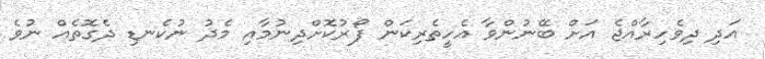
އަދި ދިވެހިރާއްޖެ އަށް ބޭނުންވާ އެހީތެރިކަން ފޯރުކޮށްދިނުމާއި މެދު ނުކެނޑި ދެގޮތެއް ނުވެ